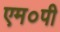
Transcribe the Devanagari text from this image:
एम०पी